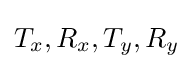
T_{x},R_{x},T_{y},R_{y}